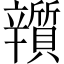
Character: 𨐿